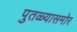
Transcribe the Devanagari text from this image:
पुतळ्यासमोर